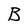
Character: B